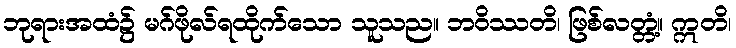
ဘုရားအထံ၌ မဂ်ဖိုလ်ရထိုက်သော သူသည။ ဘဝိဿတိ၊ ဖြစ်လတ္တံ့။ ဣတိ၊